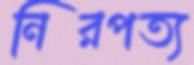
নিরপত্য